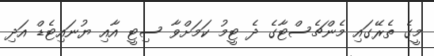
މީގެ ތެރޭގައި މެންޗެސްޓާގެ ދެ ޓީމު ކަމަށްވާ ސިޓީ އާއި ޔުނައިޓެޑް އަދި